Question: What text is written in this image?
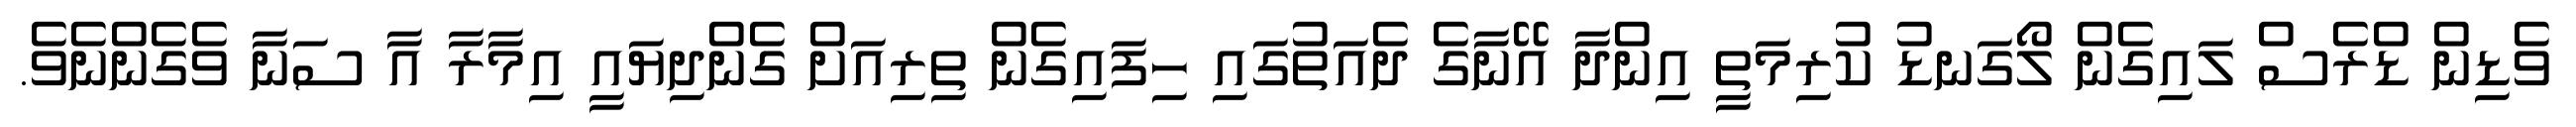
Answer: ވެޑިން ޑްރެސް ލައިގެން ލޯގަނޑު ކުރިމަތީ އިންދާ އޭނާގެ ދެއަތުގައި ހިފައިގެން ތިރިއަށް ގެންދިޔައީ އިމާރާ އާ ސަނާ ވެގެންނެވެ.